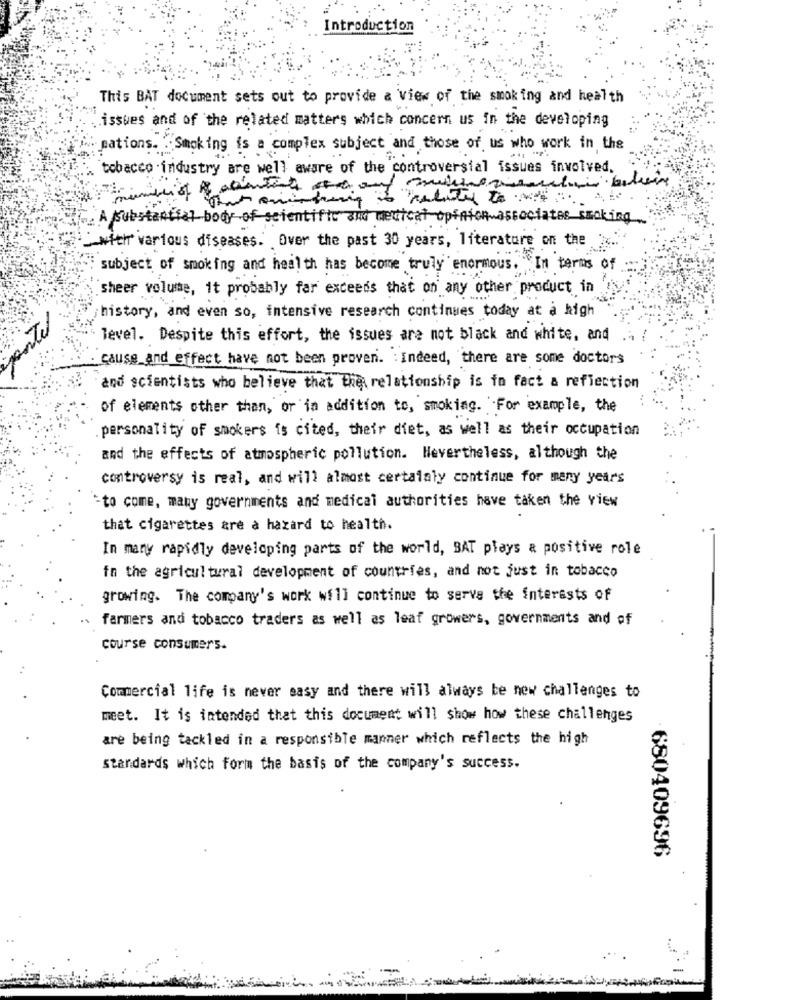
Introduction
This BAT document sets out to provide a view of the smoking and health
issues and of the related matters which concern us in the developing
pations. Smoking is a complex subject and those of us who work in the
tobacco .industry are well aware of the controversial issues involved.
A substantial body of scientific and medical opinion associates smoking
with various diseases. Over the past 30 years, literature on the
subject of smoking and health has become truly enormous . In terms of
sheer volume, it probably far exceeds that on any other product in
history, and even so, intensive research continues today at a high
level. Despite this effort, the issues are not black and white, and
cause and effect have not been proven. : Indeed, there are some doctors
and scientists who believe that the relationship is fo fact a reflection
of elements other than, or in addition to, smoking. For example, the
personality of smokers is cited, their diet, as well as their occupation
and the effects of atmospheric pollution. Nevertheless, although the
controversy is real, and will almost certainly continue for many years
=to come, many governments and medical authorities have taken the view
that cigarettes are a hazard to health.
In many rapidly developing parts of the world, BAT plays & positive role
fn the agricultural development of countries, and not just in tobacco
growing. The company's work will continue to serve the interests of
farmers and tobacco traders as well as leaf growers, governments and of
course consumers.
Commercial life is never easy and there will always be new challenges to
meet. It is intended that this document will show how these challenges
are being tackled in a responsible manner which reflects the high
standards which form the basis of the company's success.
680409696